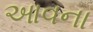
આવના